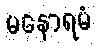
မနောရမံ